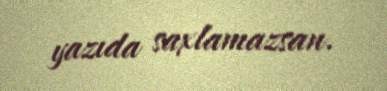
yazıda saxlamazsan.